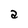
Character: a